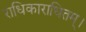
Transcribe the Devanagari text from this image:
राधिकाराधितम्।